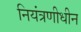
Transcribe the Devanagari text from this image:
नियंत्रणीधीन